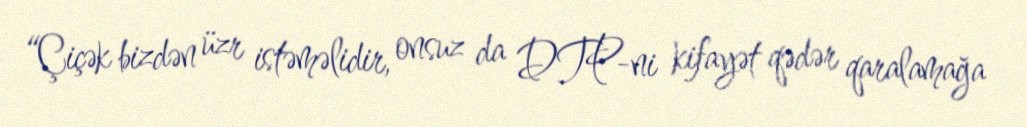
“Çiçək bizdən üzr istəməlidir, onsuz da DTP-ni kifayət qədər qaralamağa